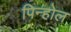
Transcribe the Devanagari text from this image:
पिन्होल